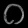
Digit: ၀